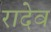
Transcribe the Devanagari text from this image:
रादेव